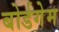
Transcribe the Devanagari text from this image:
बोर्डगेम